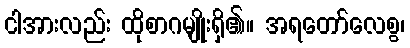
ငါအားလည်း ထိုစာဂမျိုးရှိ၏။ အရတော်လေစွ၊